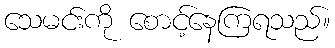
သေမင်းကို စောင့်နေကြရသည်။